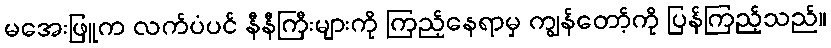
မအေးဖြူက လက်ပံပင် နီနီကြီးများကို ကြည့်နေရာမှ ကျွန်တော့်ကို ပြန်ကြည့်သည်။